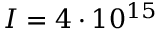
I = 4 \cdot 1 0 ^ { 1 5 }